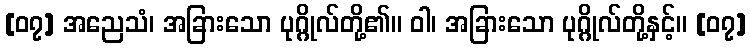
[၀၇] အညေသံ၊ အခြားသော ပုဂ္ဂိုလ်တို့၏။ ဝါ၊ အခြားသော ပုဂ္ဂိုလ်တို့နှင့်။ [၀၇]